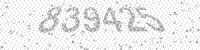
Solution: 839425